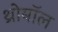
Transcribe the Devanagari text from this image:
थ्रोबॉल